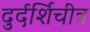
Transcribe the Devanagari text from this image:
दुर्दर्शिचीत्र